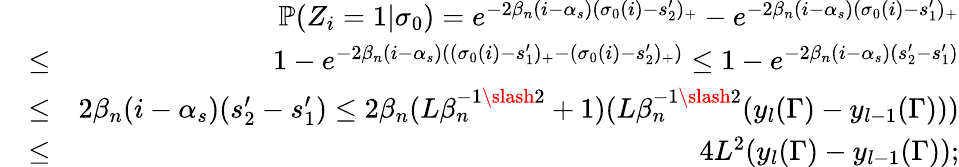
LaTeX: \begin{array}{rlr}&{}&{\mathbb{P}(Z_{i}=1|\sigma_{0})=e^{-2\beta_{n}(i-\alpha_{s})(\sigma_{0}(i)-s_{2}^{\prime})_{+}}-e^{-2\beta_{n}(i-\alpha_{s})(\sigma_{0}(i)-s_{1}^{\prime})_{+}}}\\ &{\leq}&{1-e^{-2\beta_{n}(i-\alpha_{s})((\sigma_{0}(i)-s_{1}^{\prime})_{+}-(\sigma_{0}(i)-s_{2}^{\prime})_{+})}\leq 1-e^{-2\beta_{n}(i-\alpha_{s})(s_{2}^{\prime}-s_{1}^{\prime})}}\\ &{\leq}&{2\beta_{n}(i-\alpha_{s})(s_{2}^{\prime}-s_{1}^{\prime})\leq 2\beta_{n}(L\beta_{n}^{-1\slash 2}+1)(L\beta_{n}^{-1\slash 2}(y_{l}(\Gamma)-y_{l-1}(\Gamma)))}\\ &{\leq}&{4L^{2}(y_{l}(\Gamma)-y_{l-1}(\Gamma));}\end{array}